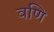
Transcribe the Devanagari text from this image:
वणि